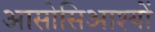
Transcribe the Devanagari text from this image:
आसोसिआश्यों